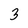
Character: 3